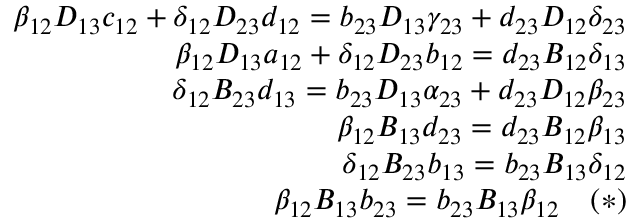
\begin{array} { r l r } & { } & { \beta _ { 1 2 } D _ { 1 3 } c _ { 1 2 } + \delta _ { 1 2 } D _ { 2 3 } d _ { 1 2 } = b _ { 2 3 } D _ { 1 3 } \gamma _ { 2 3 } + d _ { 2 3 } D _ { 1 2 } \delta _ { 2 3 } } \\ & { } & { \beta _ { 1 2 } D _ { 1 3 } a _ { 1 2 } + \delta _ { 1 2 } D _ { 2 3 } b _ { 1 2 } = d _ { 2 3 } B _ { 1 2 } \delta _ { 1 3 } } \\ & { } & { \delta _ { 1 2 } B _ { 2 3 } d _ { 1 3 } = b _ { 2 3 } D _ { 1 3 } \alpha _ { 2 3 } + d _ { 2 3 } D _ { 1 2 } \beta _ { 2 3 } } \\ & { } & { \beta _ { 1 2 } B _ { 1 3 } d _ { 2 3 } = d _ { 2 3 } B _ { 1 2 } \beta _ { 1 3 } } \\ & { } & { \delta _ { 1 2 } B _ { 2 3 } b _ { 1 3 } = b _ { 2 3 } B _ { 1 3 } \delta _ { 1 2 } } \\ & { } & { \beta _ { 1 2 } B _ { 1 3 } b _ { 2 3 } = b _ { 2 3 } B _ { 1 3 } \beta _ { 1 2 } \quad ( * ) } \end{array}